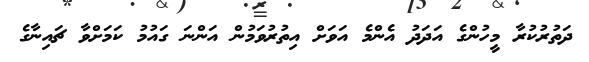
ދަތުރުކުރާ މީހުންގެ އަދަދު އެންމެ އަވަށް އިތުރުވަމުން އަންނަ ގައުމު ކަމަށްވާ ޗައިނާގެ